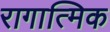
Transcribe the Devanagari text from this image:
रागात्मिक